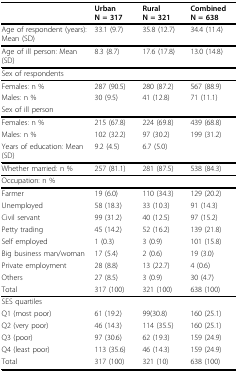
|  | UrbanN = 317 | RuralN = 321 | CombinedN = 638 |
 | --- | --- | --- | --- |
 | Age of respondent (years): Mean (SD) | 33.1 (9.7) | 35.8 (12.7) | 34.4 (11.4) |
 | Age of ill person: Mean (SD) | 8.3 (8.7) | 17.6 (17.8) | 13.0 (14.8) |
 | Sex of respondents |  |  |  |
 | Females: n % | 287 (90.5) | 280 (87.2) | 567 (88.9) |
 | Males: n % | 30 (9.5) | 41 (12.8) | 71 (11.1) |
 | Sex of ill person |  |  |  |
 | Females: n % | 215 (67.8) | 224 (69.8) | 439 (68.8) |
 | Males: n % | 102 (32.2) | 97 (30.2) | 199 (31.2) |
 | Years of education: Mean (SD) | 9.2 (4.5) | 6.7 (5.0) |  |
 | Whether married: n % | 257 (81.1) | 281 (87.5) | 538 (84.3) |
 | Occupation: n % |  |  |  |
 | Farmer | 19 (6.0) | 110 (34.3) | 129 (20.2) |
 | Unemployed | 58 (18.3) | 33 (10.3) | 91 (14.3) |
 | Civil servant | 99 (31.2) | 40 (12.5) | 97 (15.2) |
 | Petty trading | 45 (14.2) | 52 (16.2) | 139 (21.8) |
 | Self employed | 1 (0.3) | 3 (0.9) | 101 (15.8) |
 | Big business man/woman | 17 (5.4) | 2 (0.6) | 19 (3.0) |
 | Private employment | 28 (8.8) | 13 (22.7) | 4 (0.6) |
 | Others | 27 (8.5) | 3 (0.9) | 30 (4.7) |
 | Total | 317 (100) | 321 (100) | 638 (100) |
 | SES quartiles |  |  |  |
 | Q1 (most poor) | 61 (19.2) | 99(30.8) | 160 (25.1) |
 | Q2 (very poor) | 46 (14.3) | 114 (35.5) | 160 (25.1) |
 | Q3 (poor) | 97 (30.6) | 62 (19.3) | 159 (24.9) |
 | Q4 (least poor) | 113 (35.6) | 46 (14.3) | 159 (24.9) |
 | Total | 317 (100) | 321 (10) | 638 (100) |